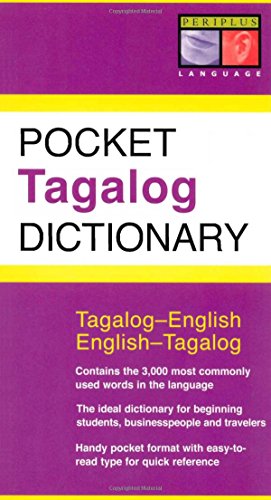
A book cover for Pocket Tagalog Dictionary: Tagalog-English English-Tagalog (Periplus Pocket Dictionaries); Renato Perdon; Reference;